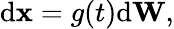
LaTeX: \begin{array}{r}{\mathrm{d}\mathbf{x}=g(t)\mathrm{d}\mathbf{W},}\end{array}